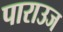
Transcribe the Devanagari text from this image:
पाराउज